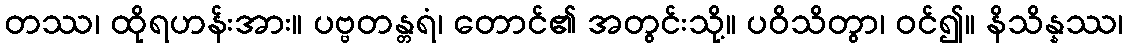
တဿ၊ ထိုရဟန်းအား။ ပဗ္ဗတန္တရံ၊ တောင်၏ အတွင်းသို့။ ပဝိသိတွာ၊ ဝင်၍။ နိသိန္နဿ၊